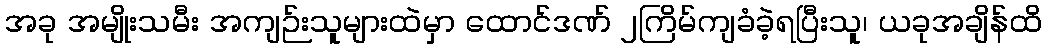
အခု အမျိုးသမီး အကျဉ်းသူများထဲမှာ ထောင်ဒဏ် ၂ကြိမ်ကျခံခဲ့ရပြီးသူ၊ ယခုအချိန်ထိ